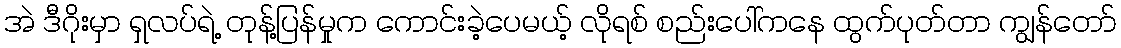
အဲ ဒီဂိုးမှာ ရှလပ်ရဲ့ တုန့်ပြန်မှုက ကောင်းခဲ့ပေမယ့် လိုရစ် စည်းပေါ်ကနေ ထွက်ပုတ်တာ ကျွန်တော်